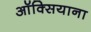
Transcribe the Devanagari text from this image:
ऑक्सियाना